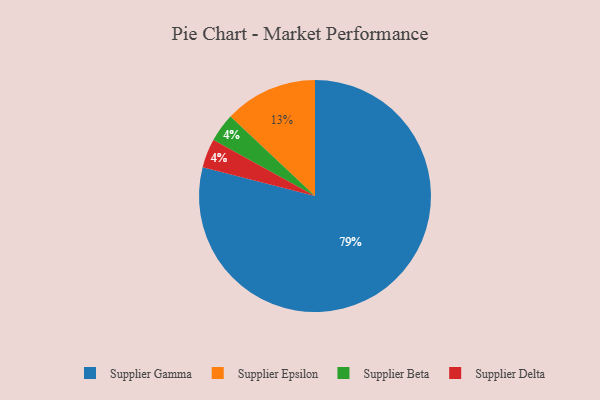
{"axis": {"x": "Category", "y": "Percentage"}, "legend": ["Supplier Beta", "Supplier Delta", "Supplier Epsilon", "Supplier Gamma"], "data": [{"x": "Supplier Epsilon", "y": 13, "type": "Supplier Epsilon"}, {"x": "Supplier Beta", "y": 4, "type": "Supplier Beta"}, {"x": "Supplier Delta", "y": 4, "type": "Supplier Delta"}, {"x": "Supplier Gamma", "y": 79, "type": "Supplier Gamma"}]}